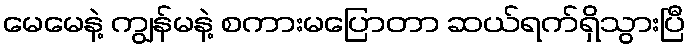
မေမေနဲ့ ကျွန်မနဲ့ စကားမပြောတာ ဆယ်ရက်ရှိသွားပြီ